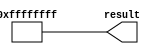
// megafunction wizard: %LPM_CONSTANT%
// GENERATION: STANDARD
// VERSION: WM1.0
// MODULE: LPM_CONSTANT 

// ============================================================
// Megafunction Name(s):
// 			LPM_CONSTANT
//
// Simulation Library Files(s):
// 			
// ============================================================
// ************************************************************
// THIS IS A WIZARD-GENERATED FILE. DO NOT EDIT THIS FILE!
//
// 20.1.0 Build 711 06/05/2020 SJ Lite Edition
// ************************************************************


//Copyright (C) 2020  Intel Corporation. All rights reserved.
//Your use of Intel Corporation's design tools, logic functions 
//and other software and tools, and any partner logic 
//functions, and any output files from any of the foregoing 
//(including device programming or simulation files), and any 
//associated documentation or information are expressly subject 
//to the terms and conditions of the Intel Program License 
//Subscription Agreement, the Intel Quartus Prime License Agreement,
//the Intel FPGA IP License Agreement, or other applicable license
//agreement, including, without limitation, that your use is for
//the sole purpose of programming logic devices manufactured by
//Intel and sold by Intel or its authorized distributors.  Please
//refer to the applicable agreement for further details, at
//https://fpgasoftware.intel.com/eula.


//lpm_constant ENABLE_RUNTIME_MOD="NO" LPM_CVALUE=FFFFFFFF LPM_WIDTH=32 result
//VERSION_BEGIN 20.1 cbx_lpm_constant 2020:06:05:12:04:51:SJ cbx_mgl 2020:06:05:12:11:10:SJ  VERSION_END
// synthesis VERILOG_INPUT_VERSION VERILOG_2001
// altera message_off 10463


//synthesis_resources = 
//synopsys translate_off
`timescale 1 ps / 1 ps
//synopsys translate_on
module  const1_lpm_constant
	( 
	result) /* synthesis synthesis_clearbox=1 */;
	output   [31:0]  result;


	assign
		result = {32{1'b1}};
endmodule //const1_lpm_constant
//VALID FILE


// synopsys translate_off
`timescale 1 ps / 1 ps
// synopsys translate_on
module const1 (
	result)/* synthesis synthesis_clearbox = 1 */;

	output	[31:0]  result;

	wire [31:0] sub_wire0;
	wire [31:0] result = sub_wire0[31:0];

	const1_lpm_constant	const1_lpm_constant_component (
				.result (sub_wire0));

endmodule

// ============================================================
// CNX file retrieval info
// ============================================================
// Retrieval info: PRIVATE: INTENDED_DEVICE_FAMILY STRING "Cyclone IV E"
// Retrieval info: PRIVATE: JTAG_ENABLED NUMERIC "0"
// Retrieval info: PRIVATE: JTAG_ID STRING "NONE"
// Retrieval info: PRIVATE: Radix NUMERIC "2"
// Retrieval info: PRIVATE: SYNTH_WRAPPER_GEN_POSTFIX STRING "1"
// Retrieval info: PRIVATE: Value NUMERIC "4294967295"
// Retrieval info: PRIVATE: nBit NUMERIC "32"
// Retrieval info: PRIVATE: new_diagram STRING "1"
// Retrieval info: LIBRARY: lpm lpm.lpm_components.all
// Retrieval info: CONSTANT: LPM_CVALUE NUMERIC "4294967295"
// Retrieval info: CONSTANT: LPM_HINT STRING "ENABLE_RUNTIME_MOD=NO"
// Retrieval info: CONSTANT: LPM_TYPE STRING "LPM_CONSTANT"
// Retrieval info: CONSTANT: LPM_WIDTH NUMERIC "32"
// Retrieval info: USED_PORT: result 0 0 32 0 OUTPUT NODEFVAL "result[31..0]"
// Retrieval info: CONNECT: result 0 0 32 0 @result 0 0 32 0
// Retrieval info: GEN_FILE: TYPE_NORMAL const1.v TRUE
// Retrieval info: GEN_FILE: TYPE_NORMAL const1.inc FALSE
// Retrieval info: GEN_FILE: TYPE_NORMAL const1.cmp FALSE
// Retrieval info: GEN_FILE: TYPE_NORMAL const1.bsf TRUE
// Retrieval info: GEN_FILE: TYPE_NORMAL const1_inst.v FALSE
// Retrieval info: GEN_FILE: TYPE_NORMAL const1_bb.v TRUE
// Retrieval info: GEN_FILE: TYPE_NORMAL const1_syn.v TRUE